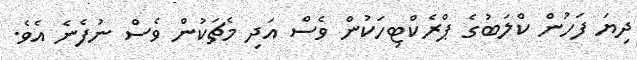
ދިޔަ ފަހުން ކްލަބުގެ ޕްރެކްޓިހަކުން ވެސް އަދި މެޗަކުން ވެސް ނުފެނެ އެވެ.